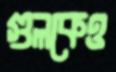
গুলকেও